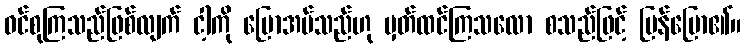
ဝင်စုကြသည်ဖြစ်လျက် ငါ့ကို ပြောအပ်သည်ဟု မှတ်ထင်ကြသလော စသည်ဖြင့် ပြန်ပြော၏။